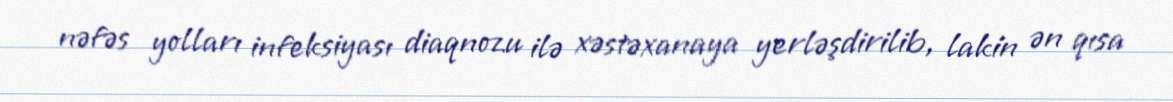
nəfəs yolları infeksiyası diaqnozu ilə xəstəxanaya yerləşdirilib, lakin ən qısa